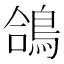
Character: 鴿